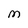
Character: M